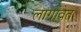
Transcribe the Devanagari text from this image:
लागावेत